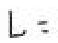
$L =$